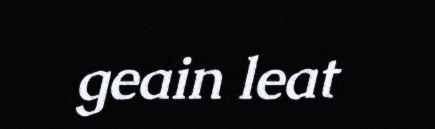
geain leat